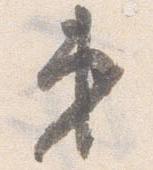
弟